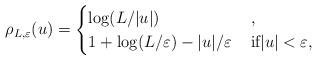
LaTeX: \begin{align*}\rho_{L,\varepsilon}(u) =\begin{cases}\log(L/|u|)& \, , \\1+\log(L/\varepsilon)-|u|/\varepsilon & \, \text{if$|u|<\varepsilon$},\end{cases}\end{align*}